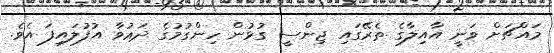
މައްޗަށް ވަނީ އާއިލާގެ ތެރޭގައި ޖިންސީ ގުޅުން ހިންގުމުގެ ދަޢުވާ އުފުލައިފަ އެވެ.